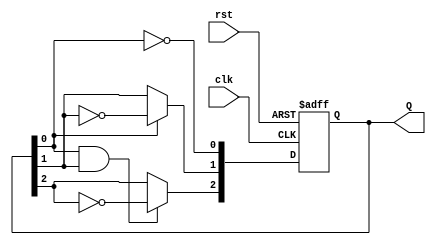
module ripple_counter (
    input wire clk,       // Clock input
    input wire rst,       // Asynchronous reset
    output reg [2:0] Q    // 3-bit output
);

    // T Flip-Flop behavior
    always @(posedge clk or posedge rst) begin
        if (rst) begin
            Q <= 3'b000; // Reset the counter to 0
        end else begin
            Q[0] <= ~Q[0]; // Toggle the least significant bit (LSB)
            // Ripple effect for the other bits
            Q[1] <= Q[0] ? ~Q[1] : Q[1]; // Toggle if Q[0] is high
            Q[2] <= (Q[0] & Q[1]) ? ~Q[2] : Q[2]; // Toggle if both Q[0] and Q[1] are high
        end
    end

endmodule